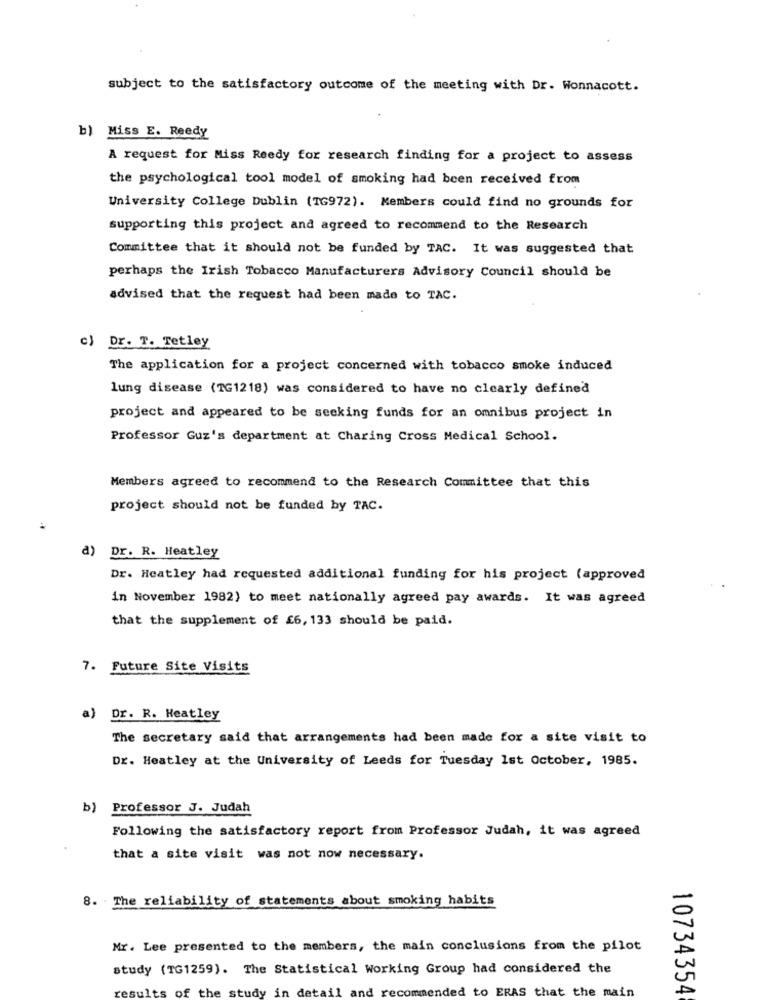
subject to the satisfactory outcome of the meeting with Dr. Wonnacott.
b) Miss E. Reedy
A request for Miss Reedy for research finding for a project to assess
the psychological tool model of smoking had been received from
University College Dublin (TG972). Members could find no grounds for
supporting this project and agreed to recommend to the Research
Committee that it should not be funded by TAC. It was suggested that
perhaps the Irish Tobacco Manufacturers Advisory Council should be
advised that the request had been made to TAC.
c) Dr. T. Tetley
The application for a project concerned with tobacco smoke induced
lung disease (1G1218) was considered to have no clearly defined
project and appeared to be seeking funds for an omnibus project in
Professor Guz's department at Charing Cross Medical School.
Members agreed to recommend to the Research Committee that this
project should not be funded by TAC.
d) Dr. R. Heatley
Dr. Heatley had requested additional funding for his project (approved
in November 1982) to meet nationally agreed pay awards. It was agreed
that the supplement of £6, 133 should be paid.
7. Future Site Visits
a)
Dr. R. Heatley
The secretary said that arrangements had been made for a site visit to
Dr. Heatley at the University of Leeds for Tuesday 1st October, 1985.
b) Professor J. Judah
Following the satisfactory report from Professor Judah, it was agreed
that a site visit was not now necessary.
8. The reliability of statements about smoking habits
Mr. Lee presented to the members, the main conclusions from the pilot
study (TG1259). The Statistical Working Group had considered the
re
ts of the study in detail and recommended to ERAS that the main
10734354